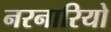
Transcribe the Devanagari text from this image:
नरनारियो